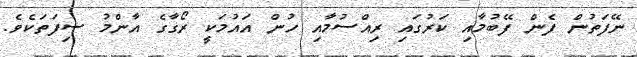
ނޭފަތުން ފެން ފޭބުމާއި ކަރުގައި ރިއްސުމާއި ހުން އައުމަކީ ރޯގާގެ އާންމު ސިފަތަކެވެ.